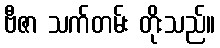
ဗီဇာ သက်တမ်း တိုးသည်။